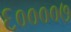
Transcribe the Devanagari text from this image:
६००००७